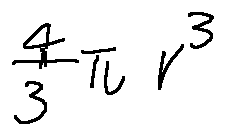
\frac { 4 } { 3 } \pi r ^ { 3 }